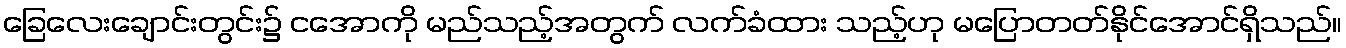
ခြေလေးချောင်းတွင်း၌ ငအောကို မည်သည့်အတွက် လက်ခံထား သည့်ဟု မပြောတတ်နိုင်အောင်ရှိသည်။